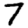
Digit: 7